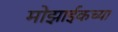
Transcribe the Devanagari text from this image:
मोझाईकच्या